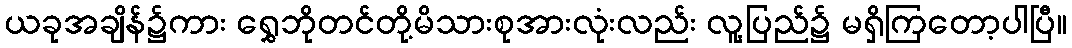
ယခုအချိန်၌ကား ရွှေဘိုတင်တို့မိသားစုအားလုံးလည်း လူ့ပြည်၌ မရှိကြတော့ပါပြီ။